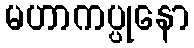
မဟာကပ္ပုနော